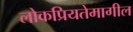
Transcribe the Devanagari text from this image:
लोकप्रियतेमागील